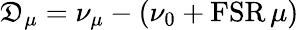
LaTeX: \mathfrak{D}_{\mu}=\nu_{\mu}-(\nu_{0}+\textrm{{FSR}}\, \mu)